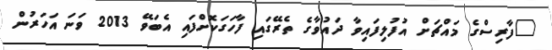
"ފާރިސްގެ މައްޗަށް އުފުލިފައިވާ ދައުވާގެ ތެރޭގައި ފާހަގަކޮށްފައި އެބަވޭ 2013 ވަނަ އަހަރުން